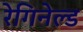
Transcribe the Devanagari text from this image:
रेगिनेल्‍ड